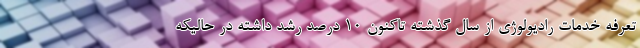
تعرفه خدمات رادیولوژی از سال گذشته تاکنون ۱۰ درصد رشد داشته در حالیکه